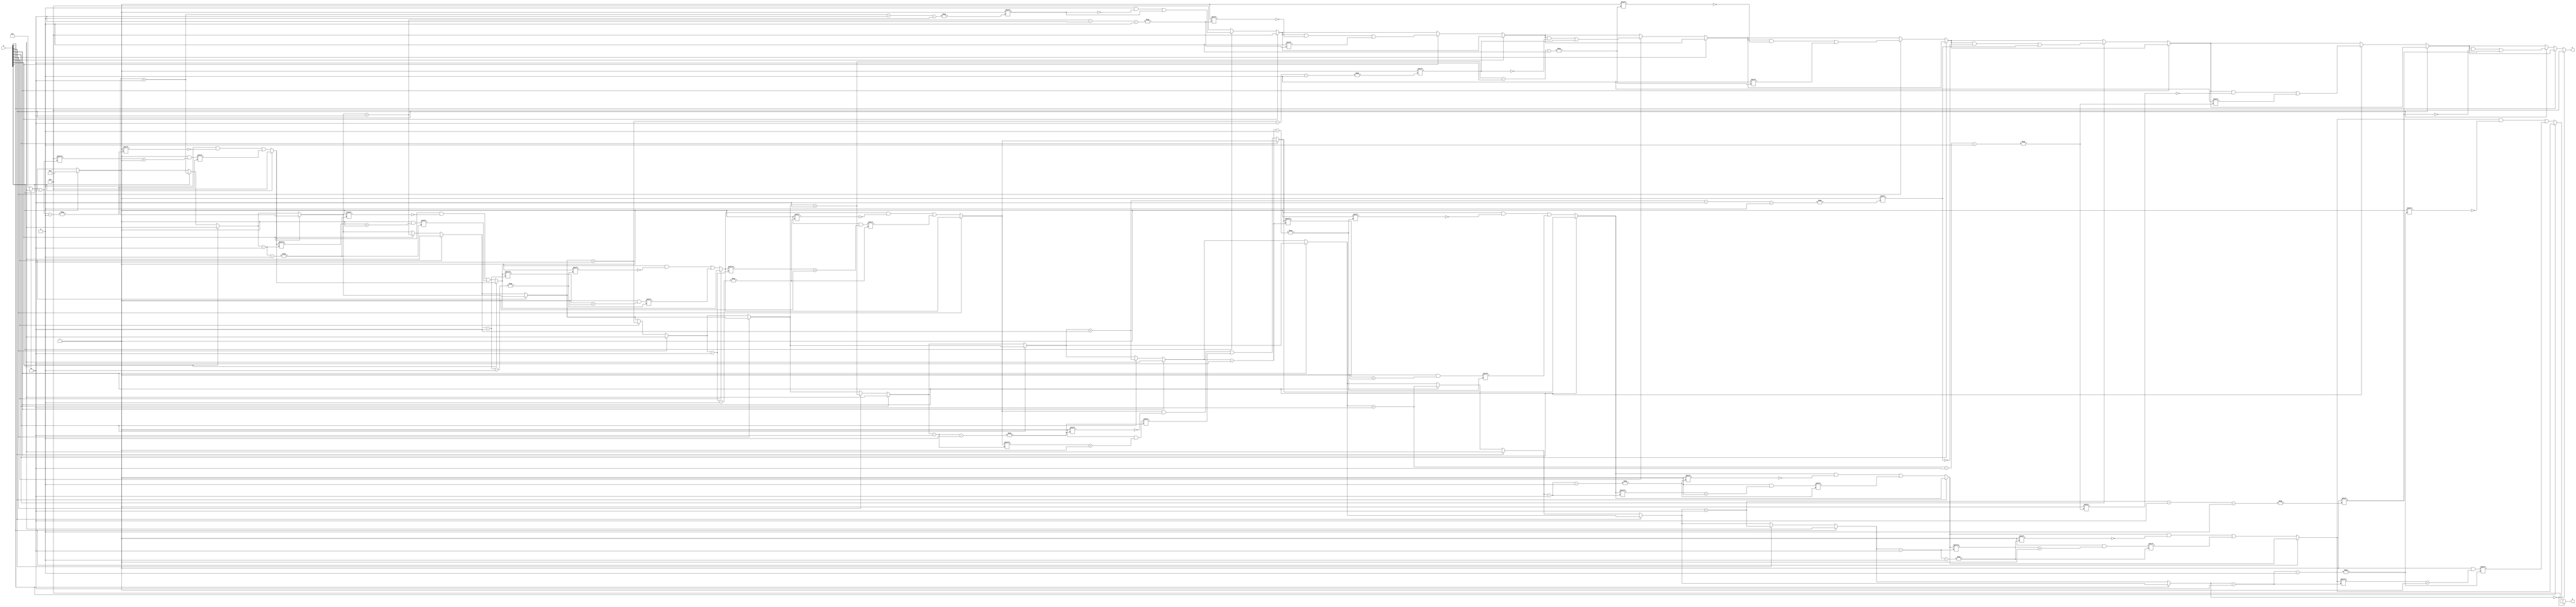
module zero_grouping #(
    parameter n = 8,  // Number of bits in the input signal
    parameter m = n,  // Maximum number of groups (worst case: every bit is a separate group)
    parameter p = n   // Maximum positions (worst case: every bit is a separate group)
)(
    input  wire [n-1:0] A,  // Input binary vector
    output reg  [m-1:0] G,  // Output vector for group counts
    output reg  [p-1:0] P   // Output vector for starting positions
);

    integer i;
    integer group_count;
    reg in_zero_group;

    always @(*) begin
        // Initialize outputs
        G = 0;
        P = 0;
        group_count = 0;
        in_zero_group = 0;

        // Scan through the input vector
        for (i = 0; i < n; i = i + 1) begin
            if (A[i] == 0) begin
                if (!in_zero_group) begin
                    // Transition from 1 to 0 detected
                    in_zero_group = 1;
                    group_count = group_count + 1;
                    P[group_count - 1] = i; // Store the starting position of the group
                end
                G[group_count - 1] = G[group_count - 1] + 1; // Increment the count of the current group
            end else begin
                if (in_zero_group) begin
                    // Transition from 0 to 1 detected
                    in_zero_group = 0;
                end
            end
        end

        // Handle edge case: if the last group ends at the last bit
        if (in_zero_group) begin
            // If we are still in a zero group, we need to finalize the last group count
            G[group_count - 1] = G[group_count - 1] + 1;
        end

        // If no groups were found, ensure G and P are reset
        if (group_count == 0) begin
            G = 0;
            P = 0;
        end
    end

endmodule